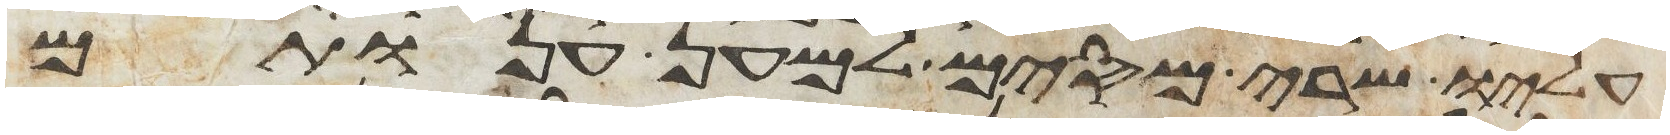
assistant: עליו שרי מסים למען ענותם